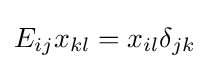
E_{ij}x_{kl}=x_{il}\delta _{jk}